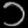
Digit: ၁